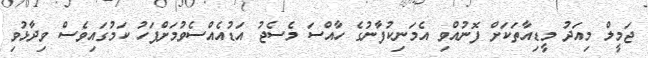
ޖަމީލް މިއަދު މީޑިއާތަކަށް ފޮނުއްވި އެމަނިކުފާނުގެ ހާއްސަ މެސެޖު އަޑުއެއްސެވުމަށްފަހު ކަމުގައިވެސް ވިދާޅުވި